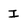
Character: I